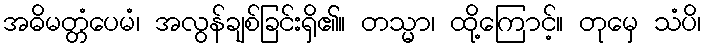
အဓိမတ္တံပေမံ၊ အလွန်ချစ်ခြင်းရှိ၏။ တသ္မာ၊ ထို့ကြောင့်။ တုမှေ သံပိ၊